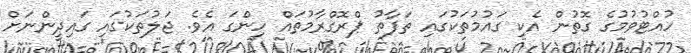
ހުއްޓުވުމުގެ ގޮތުން އެކި ގައުމުތަކުގައި ތަފާތު ޕްރޮގްރާމުތައް ހިންގަ އެވެ. ޖަލުތަކުގައި ގައިދީންނަށް